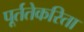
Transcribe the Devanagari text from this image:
पूर्ततेकरिता